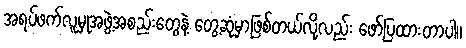
အရပ်ဖက်လူမှုအဖွဲ့အစည်းတွေနဲ့ တွေ့ဆုံမှာဖြစ်တယ်လို့လည်း ဖော်ပြထားတာပါ။